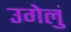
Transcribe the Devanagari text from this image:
उगेलुं